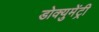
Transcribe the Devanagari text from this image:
डोक्युमेंट्री